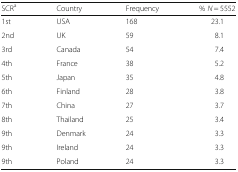
<table><thead><tr><td><b>SCR<sup>a</sup></b></td><td><b>Country</b></td><td><b>Frequency</b></td><td><b>% <i>N</i> = 5552</b></td></tr></thead><tbody><tr><td>1st</td><td>USA</td><td>168</td><td>23.1</td></tr><tr><td>2nd</td><td>UK</td><td>59</td><td>8.1</td></tr><tr><td>3rd</td><td>Canada</td><td>54</td><td>7.4</td></tr><tr><td>4th</td><td>France</td><td>38</td><td>5.2</td></tr><tr><td>5th</td><td>Japan</td><td>35</td><td>4.8</td></tr><tr><td>6th</td><td>Finland</td><td>28</td><td>3.8</td></tr><tr><td>7th</td><td>China</td><td>27</td><td>3.7</td></tr><tr><td>8th</td><td>Thailand</td><td>25</td><td>3.4</td></tr><tr><td>9th</td><td>Denmark</td><td>24</td><td>3.3</td></tr><tr><td>9th</td><td>Ireland</td><td>24</td><td>3.3</td></tr><tr><td>9th</td><td>Poland</td><td>24</td><td>3.3</td></tr></tbody></table>